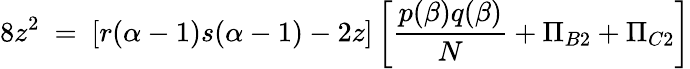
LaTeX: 8z^{2}~=~[r(\alpha-1)s(\alpha-1)-2z]\left[\frac{p(\beta)q(\beta)}{N}+\Pi_{B2}+\Pi_{C2}\right]